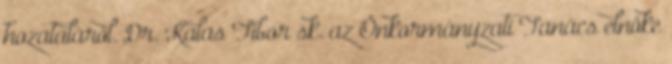
hozataláról. Dr. Kalas Tibor sk. az Önkormányzati Tanács elnöke